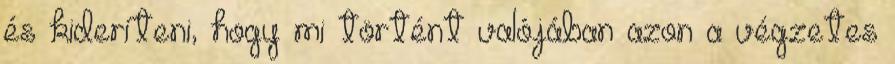
és kideríteni, hogy mi történt valójában azon a végzetes